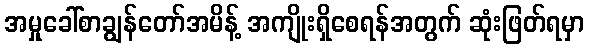
အမှုခေါ်စာချွန်တော်အမိန့် အကျိုးရှိစေရန်အတွက် ဆုံးဖြတ်ရမှာ